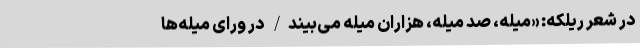
در شعر ریلکه: «میله، صد میله، هزاران میله می‌بیند/ در ورای میله‌ها